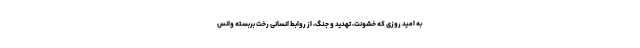
به امید روزی که خشونت، تهدید و جنگ، از روابط انسانی رخت بربسته وانس